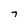
Character: 7